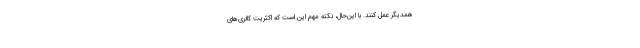
همدیگر عمل کنند. با این‌حال، نکته مهم این است که اکثریت کالری‌های